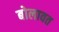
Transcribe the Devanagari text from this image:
बोलावत